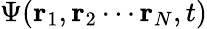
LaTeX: \Psi(\mathbf{r}_{1},\mathbf{r}_{2}\cdots\mathbf{r}_{N},t)